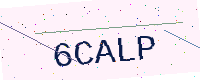
Text: 6CALP